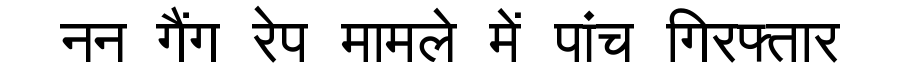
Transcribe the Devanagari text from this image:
नन गैंग रेप मामले में पांच गिरफ्तार